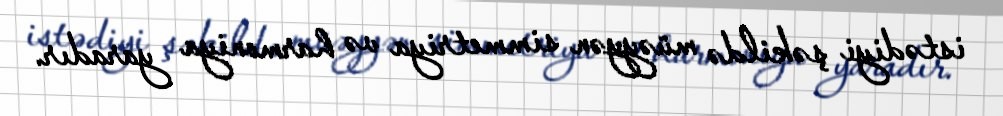
istədiyi şəkildə müəyyən simmetriya və harmoniya yaradır.